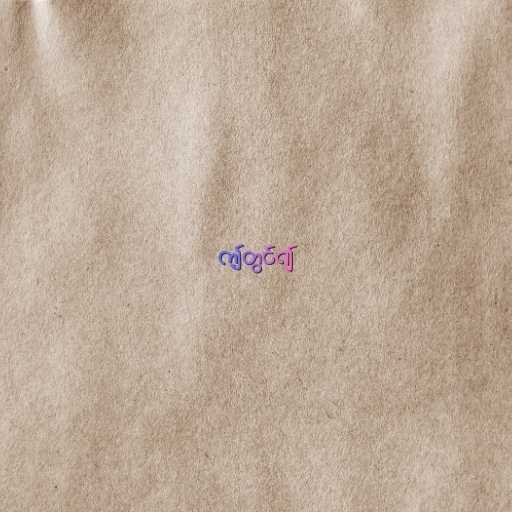
ဤတွင်၍